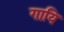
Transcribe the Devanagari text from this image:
गायि